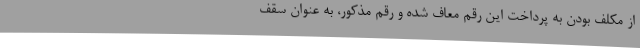
از مکلف بودن به پرداخت این رقم معاف شده و رقم مذکور، به عنوان سقف